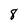
Character: 8